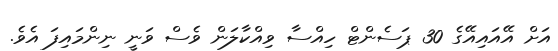
އަށް އޭއައިއޭގެ 30 ޕަސެންޓް ހިއްސާ ވިއްކާލަން ވެސް ވަނީ ނިންމައިފަ އެވެ.